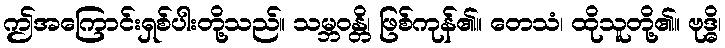
ဤအကြောင်းရှစ်ပါးတို့သည်။ သမ္ဘဝန္တိ၊ ဖြစ်ကုန်၏။ တေသံ၊ ထိုသူတို့၏။ ဗုဒ္ဓိ၊